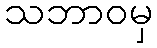
သဘာဝမှ